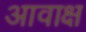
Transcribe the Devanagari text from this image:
आवाक्ष